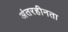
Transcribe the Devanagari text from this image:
अंतरहीनता